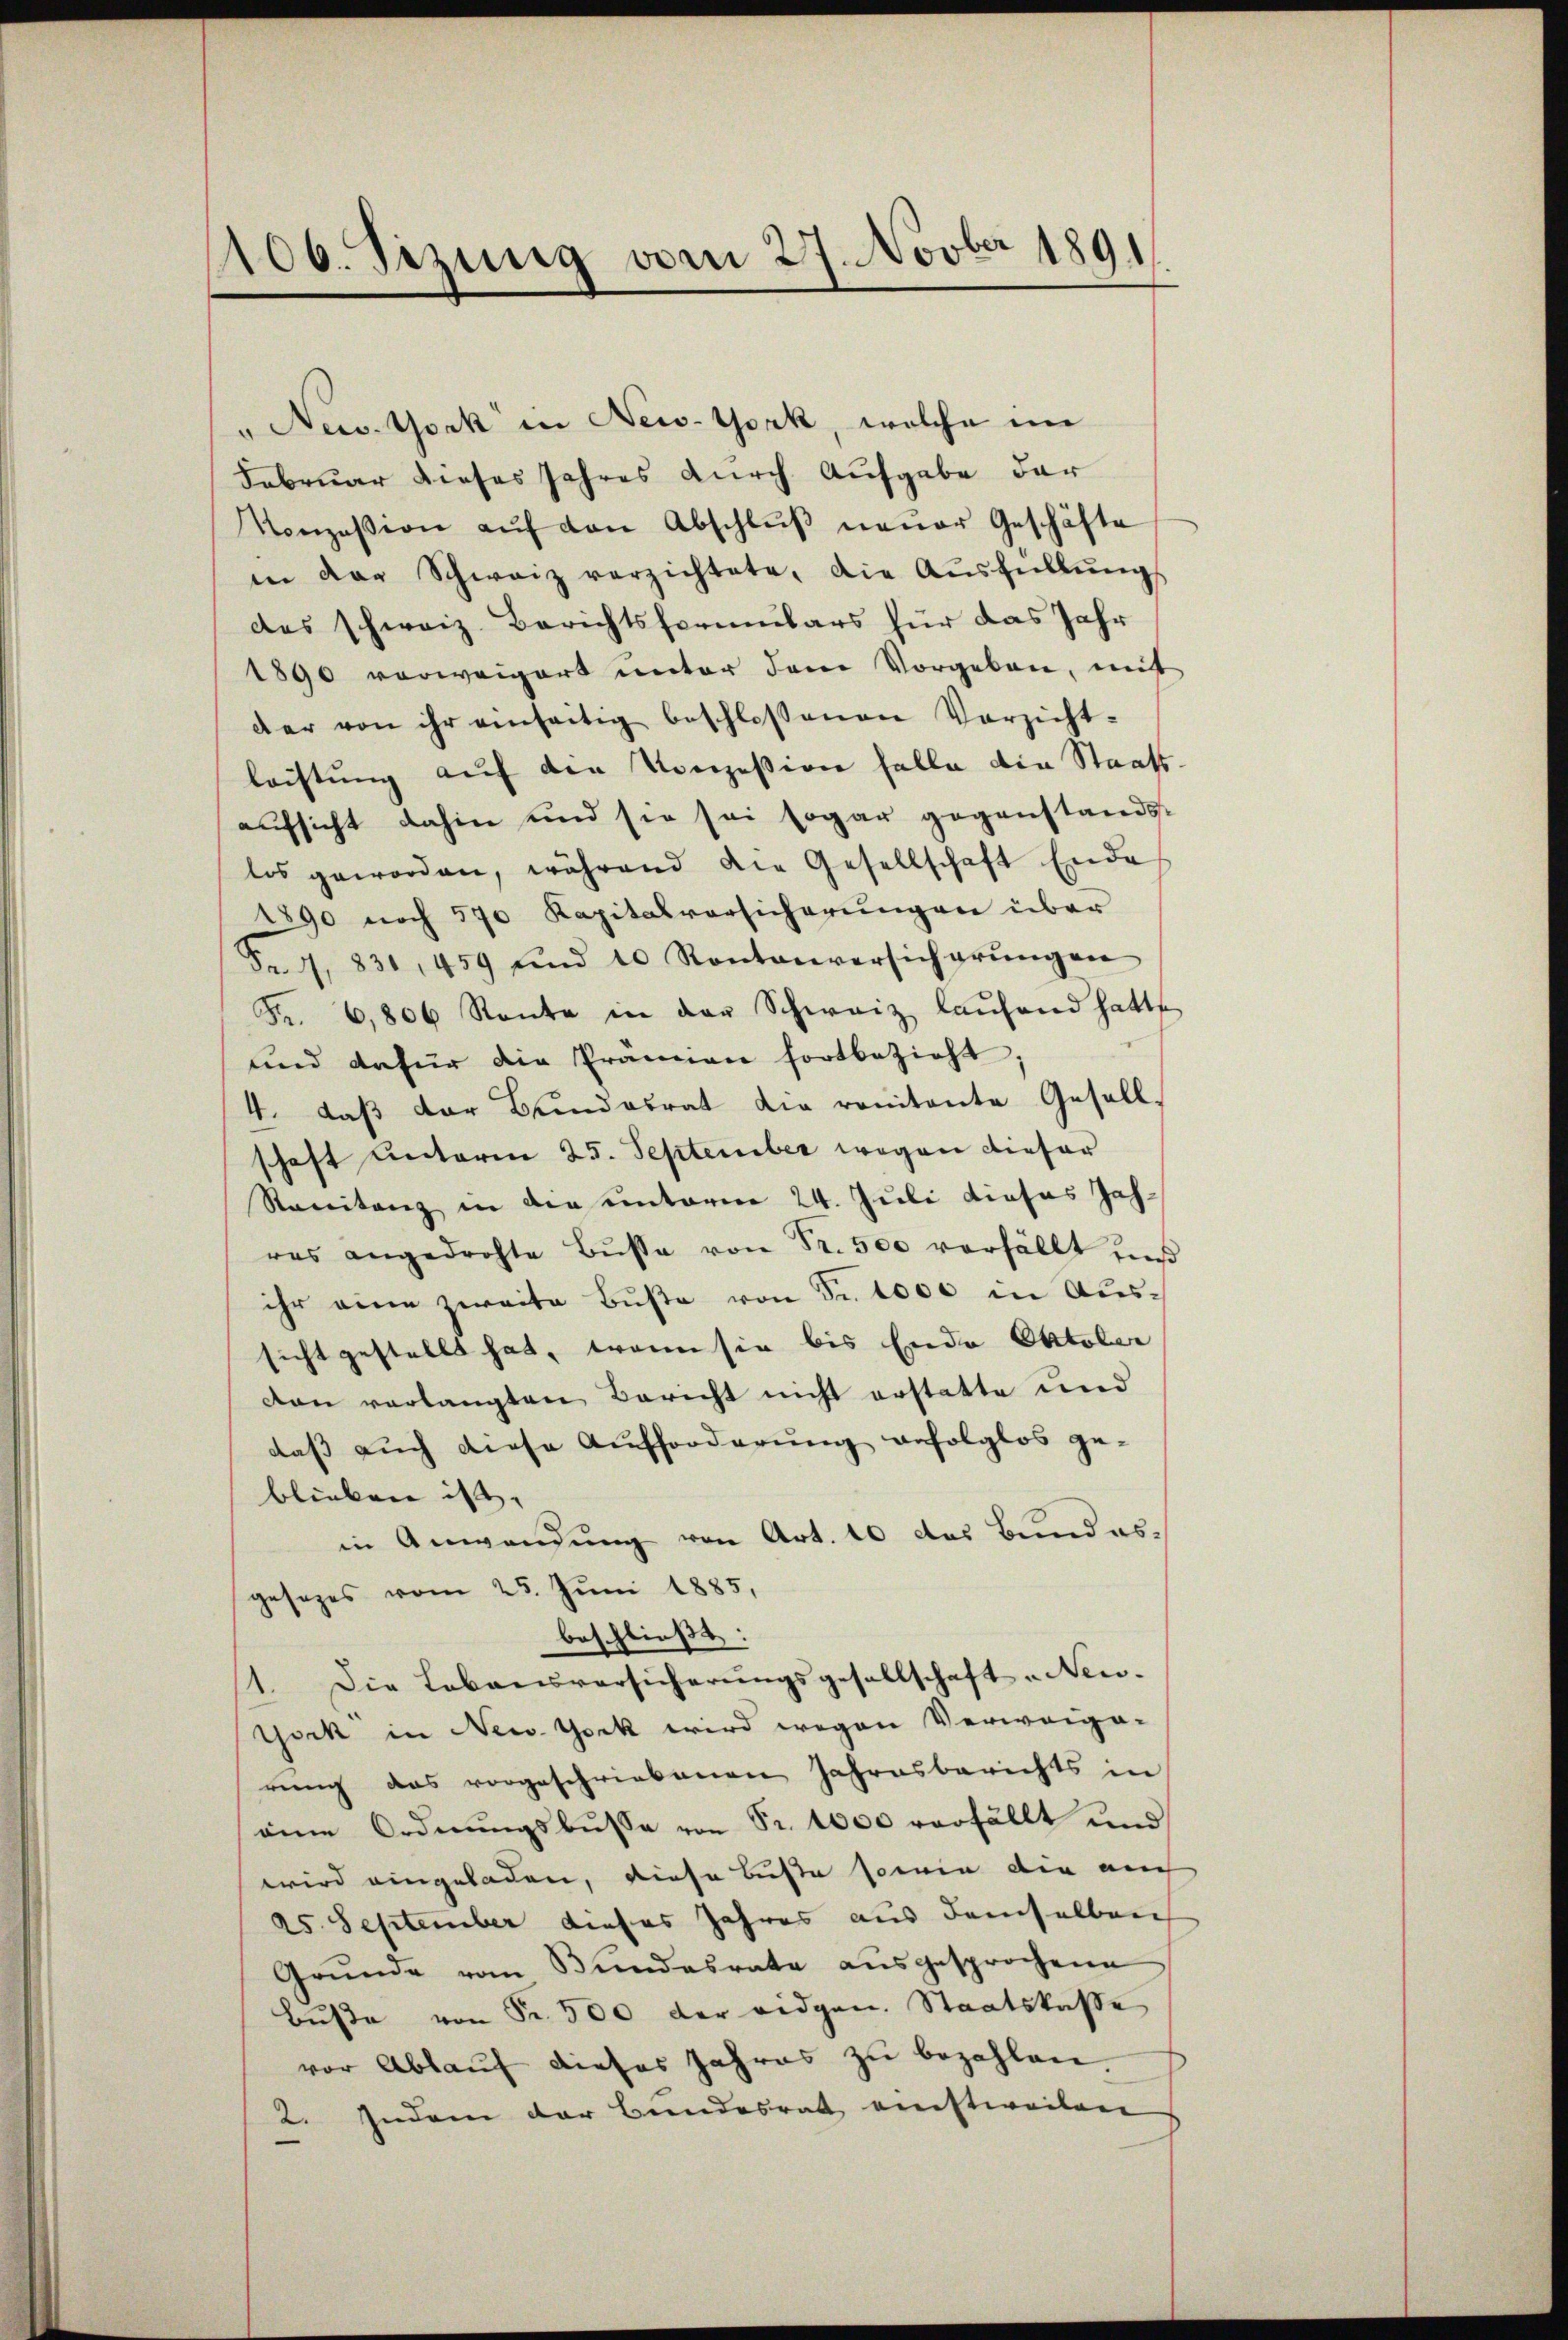
1106. Sizung vom 27. Novber 1891

" New York in New-York, welche im
Februar dieses Jahres durch Aufgabe der
Konzession aŭf den Abschlŭβ neŭer Geschäfte
in der Schweiz verzichtete, die Aŭsfüllŭngs
des schweiz. Berichtsformulars für das Jahr
1890 vorweigert unter dem Vorgeben, mit
der von ihr einseitig beschlossenen Versicht-
leistŭng auf den Konzession falle die Staats-
aufsicht dahin und sie sei sogar gegenstandst
los geworden, während die Gesellschaft Ende
1890 noch 570 Kapitalversicherungen über
S. 831, 459 und 10 Kontanversicherŭngen
Fr. 6,806 Raŭte in der Schweiz laŭfend hatte
und dafür die Prämien fortbezieht;
4. daß der Bundesrat die renitente Gesellschaft unterm 25. September wegen dieser
Ranitanz in die unterm 24. Juli dieses Jahres angedrohte Bŭsse von Fr. 500 verfällt uns
ihr eine zweite Buße von Sr. 1000 in Aussicht gestellt hat, wenn sie bis Ende Oktober
von verlangten Bericht nicht erstatte und
daß auch diese Aufforderung anfolglos ge-
blieben ist.
in Anwendung von Art. 10 das Bundesgesezes vom 25. Juni 1885,
beschließt:
1. Die Lebensversicherŭngsgesellschaft „Neu-
York in New York wird wegen Verweige-
rung das vorgeschriebenen Jahresberichts in
eine Ordnungsbusse von Fr. 1000 verfällt und
wird eingeladen, diese Büste sowie die auch
25. September dieses Jahres aus demselben
Grŭnde vom Bundesrate aŭsgesprochene
Buße von Fr. 500 der eidgen. Staatskasse
vor Ablauf dieses Jahres zu bezahlen.
2. Indem der Bundesrat einstweilen